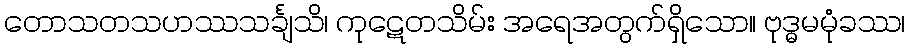
တောသတသဟဿသင်္ချသိ၊ ကုဋေတသိမ်း အရေအတွက်ရှိသော။ ဗုဒ္ဓမမုံခဿ၊